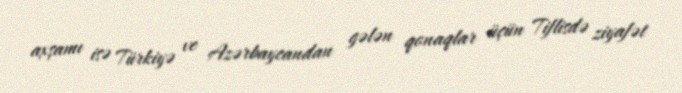
axşamı isə Türkiyə ve Azərbaycandan gələn qonaqlar üçün Tiflisdə ziyafət